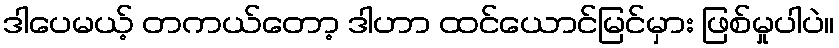
ဒါပေမယ့် တကယ်တော့ ဒါဟာ ထင်ယောင်မြင်မှား ဖြစ်မှုပါပဲ။